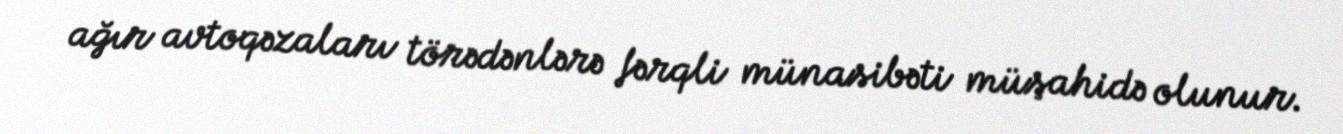
ağır avtoqəzaları törədənlərə fərqli münasibəti müşahidə olunur.